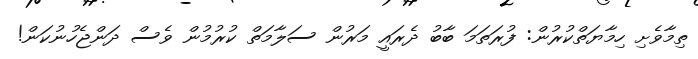
ތިމާވެށި ހިމާޔަތްކުރުން: ފުރަތަމަ ބާބު ދެރައީ މަރުން ސަލާމަތް ކުރުމުން ވެސް ދަންޖެހުނުކަން!